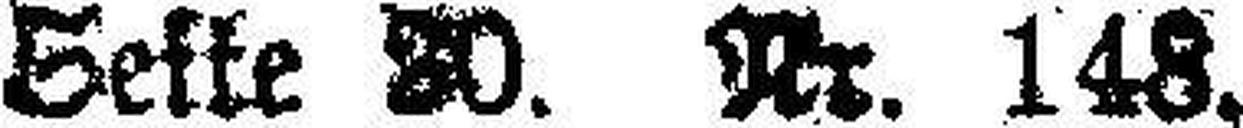
Seite 30. Nr. 148.